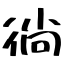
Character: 徜